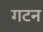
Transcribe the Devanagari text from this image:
गटन